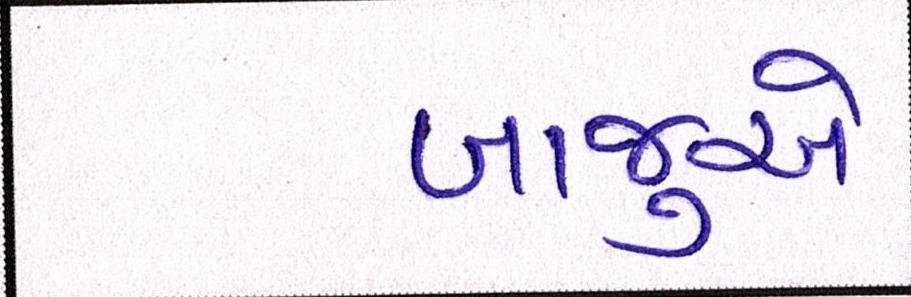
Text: બાજુએ